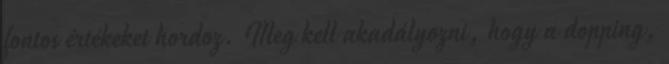
fontos értékeket hordoz. Meg kell akadályozni, hogy a dopping,